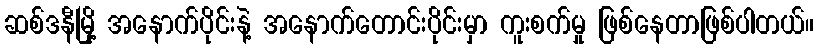
ဆစ်ဒနီမြို့ အနောက်ပိုင်းနဲ့ အနောက်တောင်းပိုင်းမှာ ကူးစက်မှု ဖြစ်နေတာဖြစ်ပါတယ်။